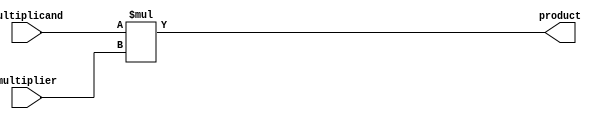
module UnsignedMultiplier (
    input [7:0] multiplicand,
    input [7:0] multiplier,
    output [15:0] product
);

reg [15:0] product_reg;

always @(*) begin
    product_reg = multiplicand * multiplier;
end

assign product = product_reg;

endmodule